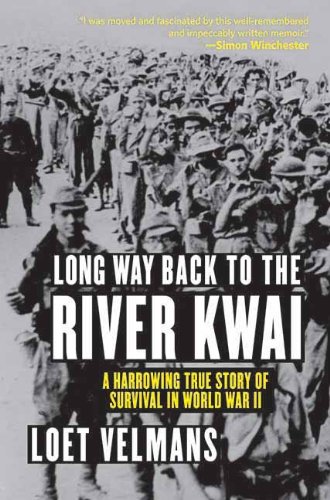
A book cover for Long Way Back to the River Kwai: Memories of World War II; Loet Velmans; Biographies & Memoirs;